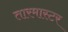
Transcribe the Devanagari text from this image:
तारमास्टर